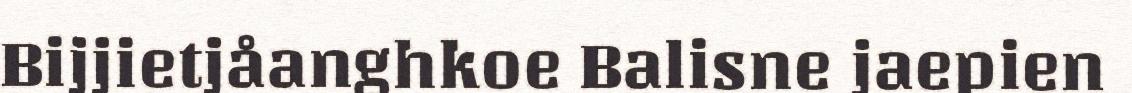
Bijjietjåanghkoe Balisne jaepien